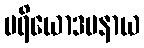
ပရိယောဒပနာယ